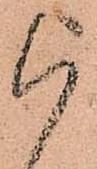
被